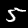
Digit: 5